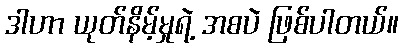
ဒါဟာ ယုတ်နိမ့်မှုရဲ့ အစပဲ ဖြစ်ပါတယ်။